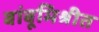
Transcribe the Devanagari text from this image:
बांबूमिश्रीत